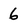
Character: 6